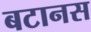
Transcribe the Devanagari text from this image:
बटानस